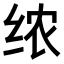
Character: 𫄣